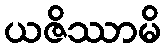
ယဇိဿာမိ